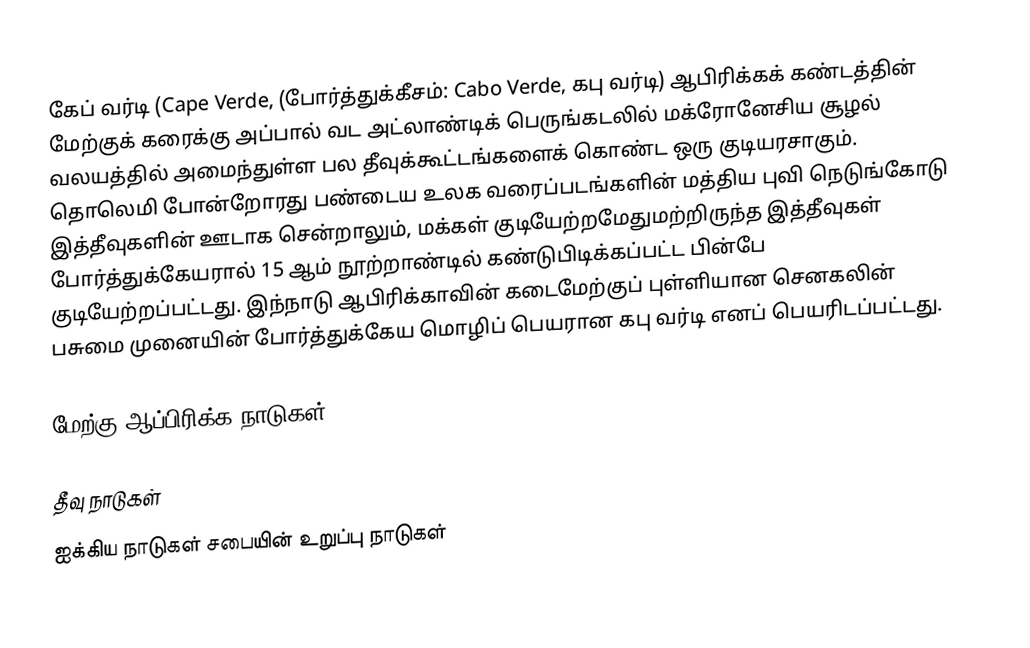
கேப் வர்டி (Cape Verde,  (போர்த்துக்கீசம்: Cabo Verde, கபு வர்டி) ஆபிரிக்கக் கண்டத்தின் மேற்குக் கரைக்கு அப்பால் வட அட்லாண்டிக் பெருங்கடலில் மக்ரோனேசிய சூழல் வலயத்தில் அமைந்துள்ள பல தீவுக்கூட்டங்களைக் கொண்ட ஒரு குடியரசாகும். தொலெமி போன்றோரது பண்டைய உலக வரைப்படங்களின் மத்திய புவி நெடுங்கோடு  இத்தீவுகளின் ஊடாக  சென்றாலும், மக்கள் குடியேற்றமேதுமற்றிருந்த இத்தீவுகள் போர்த்துக்கேயரால் 15 ஆம் நூற்றாண்டில் கண்டுபிடிக்கப்பட்ட பின்பே குடியேற்றப்பட்டது. இந்நாடு ஆபிரிக்காவின் கடைமேற்குப் புள்ளியான செனகலின் பசுமை முனையின் போர்த்துக்கேய மொழிப் பெயரான கபு வர்டி எனப் பெயரிடப்பட்டது.

மேற்கு ஆப்பிரிக்க நாடுகள்

தீவு நாடுகள்
ஐக்கிய நாடுகள் சபையின் உறுப்பு நாடுகள்